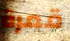
قمرة